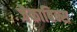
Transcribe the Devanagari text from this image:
जैकाबिन्स